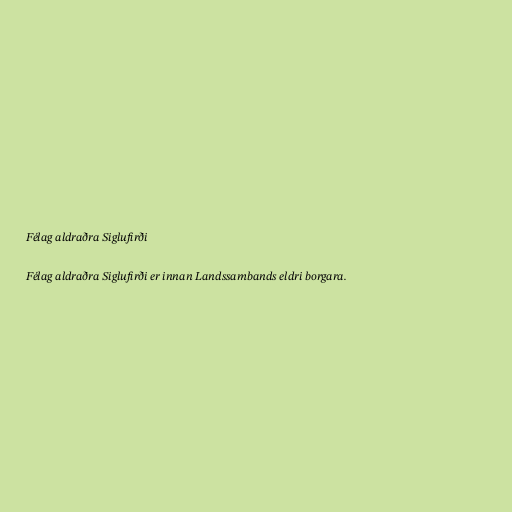
Félag aldraðra Siglufirði

Félag aldraðra Siglufirði er innan Landssambands eldri borgara.